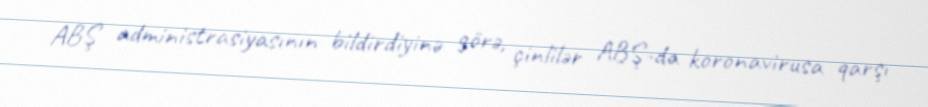
ABŞ administrasiyasının bildirdiyinə görə, çinlilər ABŞ-da koronavirusa qarşı